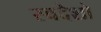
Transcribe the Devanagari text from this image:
स्वदेशो